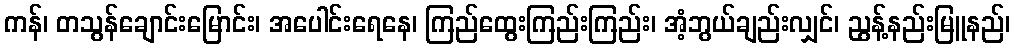
ကန်၊ တသွန်ချောင်းမြောင်း၊ အပေါင်းရေနေ၊ ကြည်ထွေးကြည်းကြည်း၊ အံ့ဘွယ်ချည်းလျှင်၊ ညွန့်နည်းမြူနည်၊